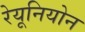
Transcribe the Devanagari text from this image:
रेयूनियोन